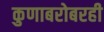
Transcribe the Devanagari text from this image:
कुणाबरोबरही